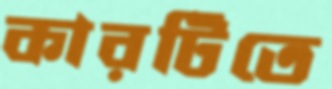
কারটিতে